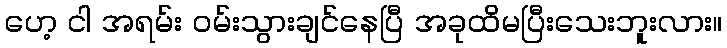
ဟေ့ ငါ အရမ်း ဝမ်းသွားချင်နေပြီ အခုထိမပြီးသေးဘူးလား။